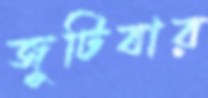
জুটিবার